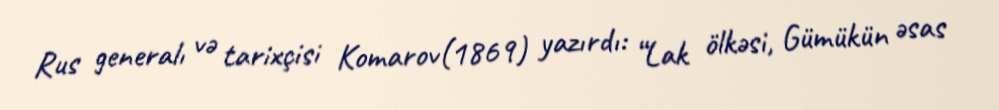
Rus generalı və tarixçisi Komarov(1869) yazırdı: “Lak ölkəsi, Gümükün əsas